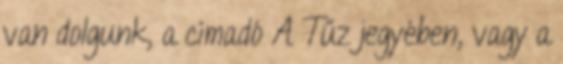
van dolgunk, a címadó A Tűz jegyében, vagy a